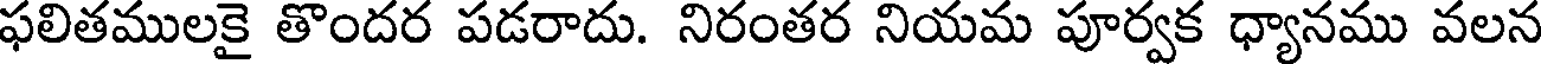
ఫలితములకై తొందర పడరాదు. నిరంతర నియమ పూర్వక ధ్యానము వలన